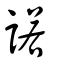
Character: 諾